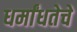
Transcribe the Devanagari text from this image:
धर्मांधतेचे